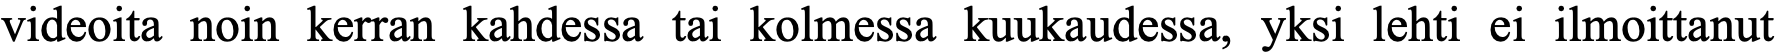
videoita noin kerran kahdessa tai kolmessa kuukaudessa, yksi lehti ei ilmoittanut